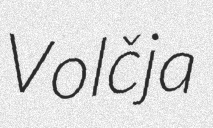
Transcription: Volčja